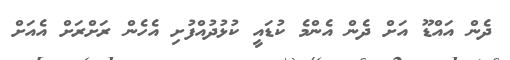
ދެން އައްޑޫ އަށް ދެން އެންމެ ކުޑައީ ކުޅުދުއްފުށި އެހެން ރަށްރަށް އެއަށް